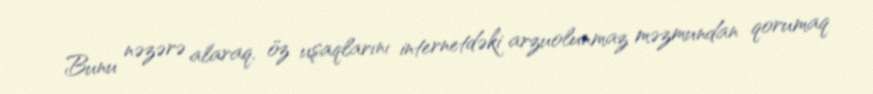
Bunu nəzərə alaraq, öz uşaqlarını internetdəki arzuolunmaz məzmundan qorumaq